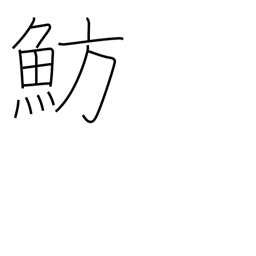
Meaning: type of sea bream